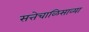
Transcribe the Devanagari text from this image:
सत्तेचाळिसाव्या